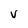
Character: V